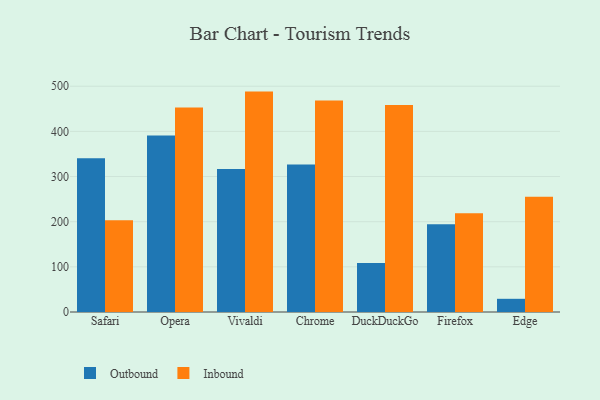
{"axis": {"x": "Browser", "y": "Backlog"}, "legend": ["Inbound", "Outbound"], "data": [{"x": "Safari", "y": 340.4, "type": "Outbound"}, {"x": "Safari", "y": 203.1, "type": "Inbound"}, {"x": "Opera", "y": 391.1, "type": "Outbound"}, {"x": "Opera", "y": 453.0, "type": "Inbound"}, {"x": "Vivaldi", "y": 316.7, "type": "Outbound"}, {"x": "Vivaldi", "y": 488.1, "type": "Inbound"}, {"x": "Chrome", "y": 326.5, "type": "Outbound"}, {"x": "Chrome", "y": 468.2, "type": "Inbound"}, {"x": "DuckDuckGo", "y": 108.4, "type": "Outbound"}, {"x": "DuckDuckGo", "y": 458.7, "type": "Inbound"}, {"x": "Firefox", "y": 194.1, "type": "Outbound"}, {"x": "Firefox", "y": 218.8, "type": "Inbound"}, {"x": "Edge", "y": 29.2, "type": "Outbound"}, {"x": "Edge", "y": 255.3, "type": "Inbound"}]}